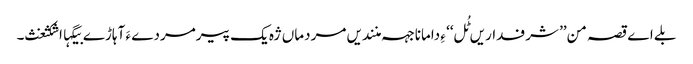
بلے اے قصہ من’’ شرفداریں ٹُل‘‘ ءِ دامانا جہہ منندیں مردماں ژہ یک پیرمردے ءَ آہاڑے بیگہااشکثغث۔